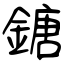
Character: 鎕